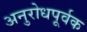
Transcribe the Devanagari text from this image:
अनुरोधपूर्वक